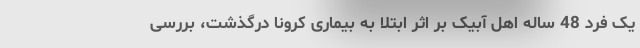
یک فرد 48 ساله اهل آبیک بر اثر ابتلا به بیماری کرونا درگذشت، بررسی